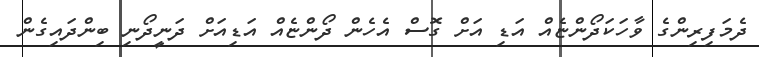
ދެމަފިރިންގެ ވާހަކަދޯންޏެއް އަޑި އަށް ގޮސް އެހެން ދޯންޏެއް އަޑިއަށް ދަނީދޯނި ބިންދައިގެން